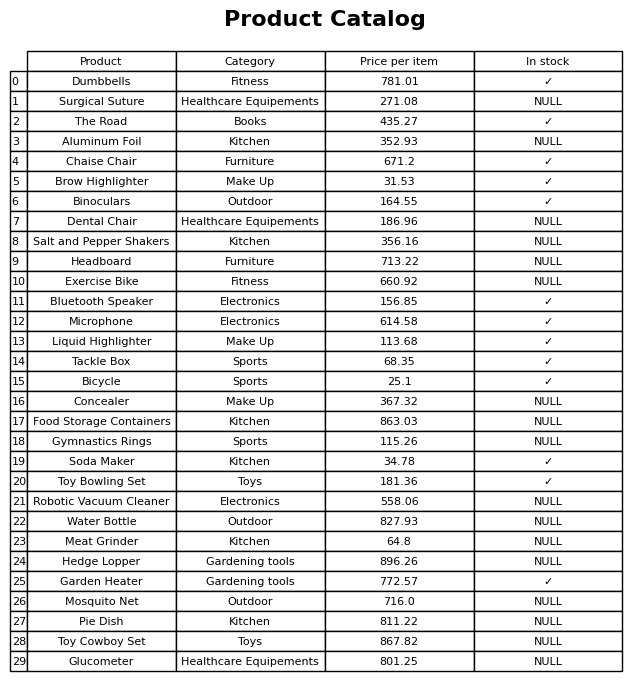
question: What is the price of the Concealer?
answer: The price of Concealer is 367.32.